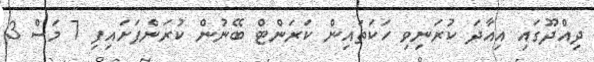
ދިއްދޫގައި އިއާދަ ކުރަނިވި ހަކަތައިން ކަރަންޓް ބޭނުން ކުރަންފަށައިފި 7 މަސް 3